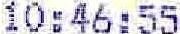
10:46:55